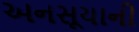
અનસૂયાની